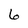
Character: 6